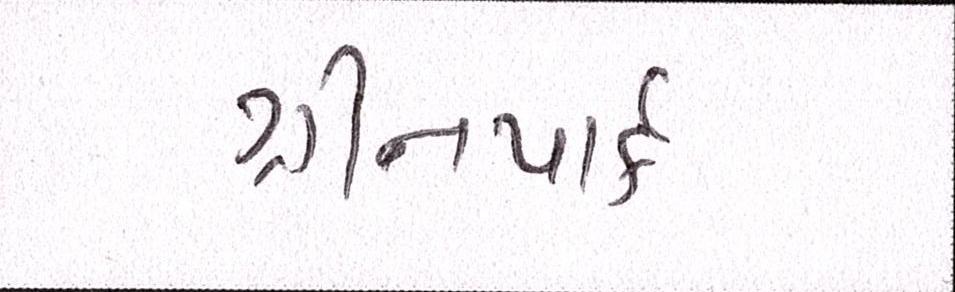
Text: ગ્રીનપાર્ક